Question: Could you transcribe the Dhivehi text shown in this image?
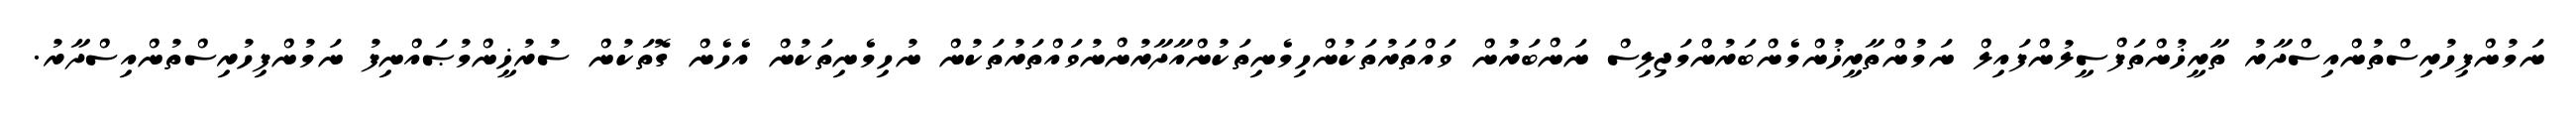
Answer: ނަމުންފިހުރިސްތުންއިސްދާރު ތާރީޚުންތަފްސީލުންފައިލް ނަމުންތާރީޚުންމެންބަރުންމަޖިލިސް ނަންބަރުން ވައްތަރުތަކުންހިމެނިތަކުންއާދާރުންނުވައްތަރުތަކުން ނުހިމެނިތަކުން އެހެން ގޮތަކުން ސުރުޚީންމުޞައްނިފު ނަމުންފިހުރިސްތުންއިސްދާރު.